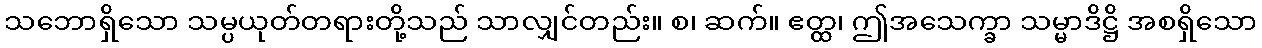
သဘောရှိသော သမ္ပယုတ်တရားတို့သည် သာလျှင်တည်း။ စ၊ ဆက်။ ဧတ္ထ၊ ဤအသေက္ခာ သမ္မာဒိဋ္ဌိ အစရှိသော